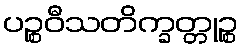
ပဉ္စဝီသတိက္ခတ္တုဉ္စ